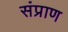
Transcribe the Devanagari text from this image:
संप्राण